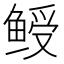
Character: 𬶙